Vaccination United Provinces of Agra and Oudh 1914-1922 - 1914-1922
Year: 1914
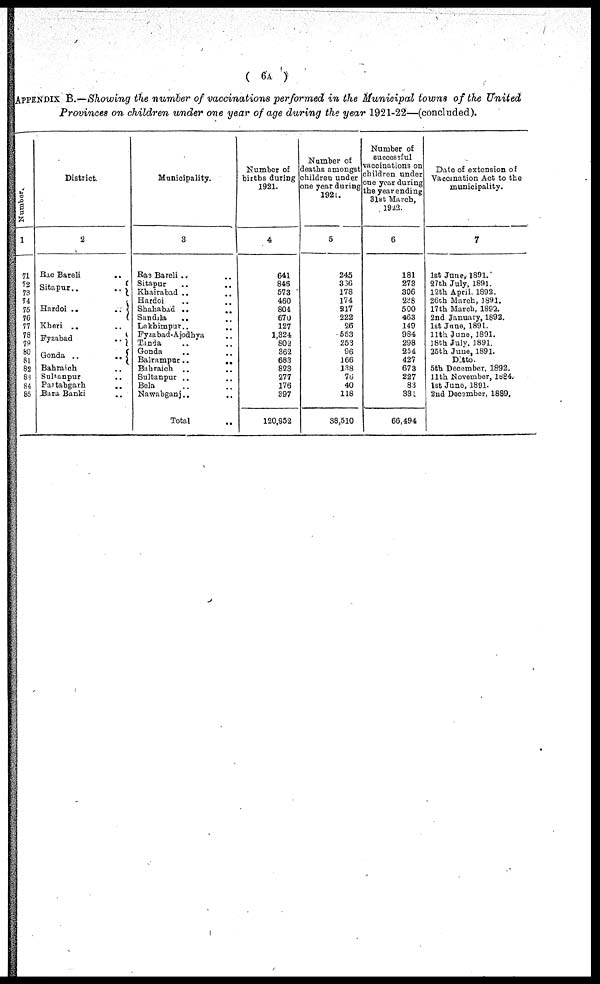
( 6A )
APPENDIX B.—Showing the number of vaccinations performed in the Municipal towns of the United
Provinces on children under one year of age during the year 1921-22—(concluded).
Number.
1
71
72
73
74
75
76
77
78
79
80
81
82
83
84
85
District.
2
Rae Bareli
..
Sitapur..
..
Hardoi ..
..
Kheri ..
Fyzabad
..
Gonda ..
..
Bahraich ..
Sultanpur ..
Partabgarh
..
Bara Banki
Municipality.
3
Rae Bareli .. ..
Sitapur
..
..
Khairabad .. ..
Hardoi .. ..
Shahabad ..
..
Sandila
.. ..
Lakhimpur.. ..
Fyzabad-Ajodhya ..
Tanda .. ..
Gonda .. ..
Balrampur..
..
Bahraich .. ..
Sultanpur .. ..
Bela .. ..
Nawabganj .. ..
Total ..
Number of
births during
1921.
4
641
846
573
460
804
670
127
1,324
802
362
683
823
277
176
397
120,952
Number of
deaths amongst
children under
one year during
192l.
5
245
336
178
174
217
222
26
553
253
96
166
138
76
40
118
38,510
Number of
successful
vaccinations on
children under
one year during
the year ending
3lst March.
1922.
6
181
273
306
238
500
463
149
984
298
254
427
673
227
83
331
66,494
Date of extension of
Vaccination Act to the
municipality.
7
1st June, 1891.
27th July, 1891.
12th April, 1892.
26th March, 1891.
17th March, 1892.
2nd January, 1892.
1st June, 1891.
11th June, 1891.
18th July, 1891.
25th June, 1891.
Ditto.
5th December, 1892.
11th November, 1884.
1st June, 1891.
2nd December, 1889.